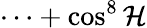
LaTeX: \cdots+\cos^{8}\mathcal{H}